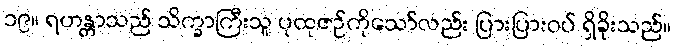
၁၉။ ရဟန္တာသည် သိက္ခာကြီးသူ ပုထုဇဉ်ကိုသော်လည်း ပြားပြားဝပ် ရှိခိုးသည်။